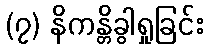
(၇) နိကန္တိခွါရှုခြင်း